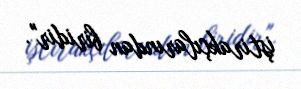
iştirakçılarından biridir".